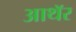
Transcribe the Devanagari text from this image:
आथॅर